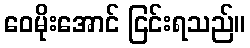
ဝေမိုးအောင် ငြင်းရသည်။